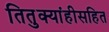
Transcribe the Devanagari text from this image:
तितुक्यांहीसहित